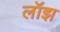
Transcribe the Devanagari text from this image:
लॉझ